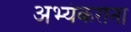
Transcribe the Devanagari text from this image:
अभ्यंकरांना